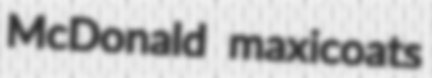
McDonald maxicoats